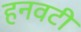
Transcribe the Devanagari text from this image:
हनवटी